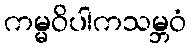
ကမ္မဝိပါကသမ္ဘဝံ